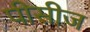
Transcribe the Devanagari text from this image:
पीसीज